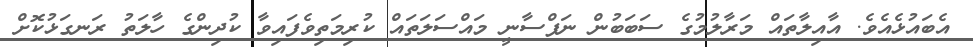
އެބައުޅެއެވެ. އާއިލާތައް މަރާލުމުގެ ސަބަބުން ނަފްސާނީ މައްސަލަތައް ކުރިމަތިވެފައިވާ ކުދިންގެ ހާލަތު ރަނގަޅުކޮށް